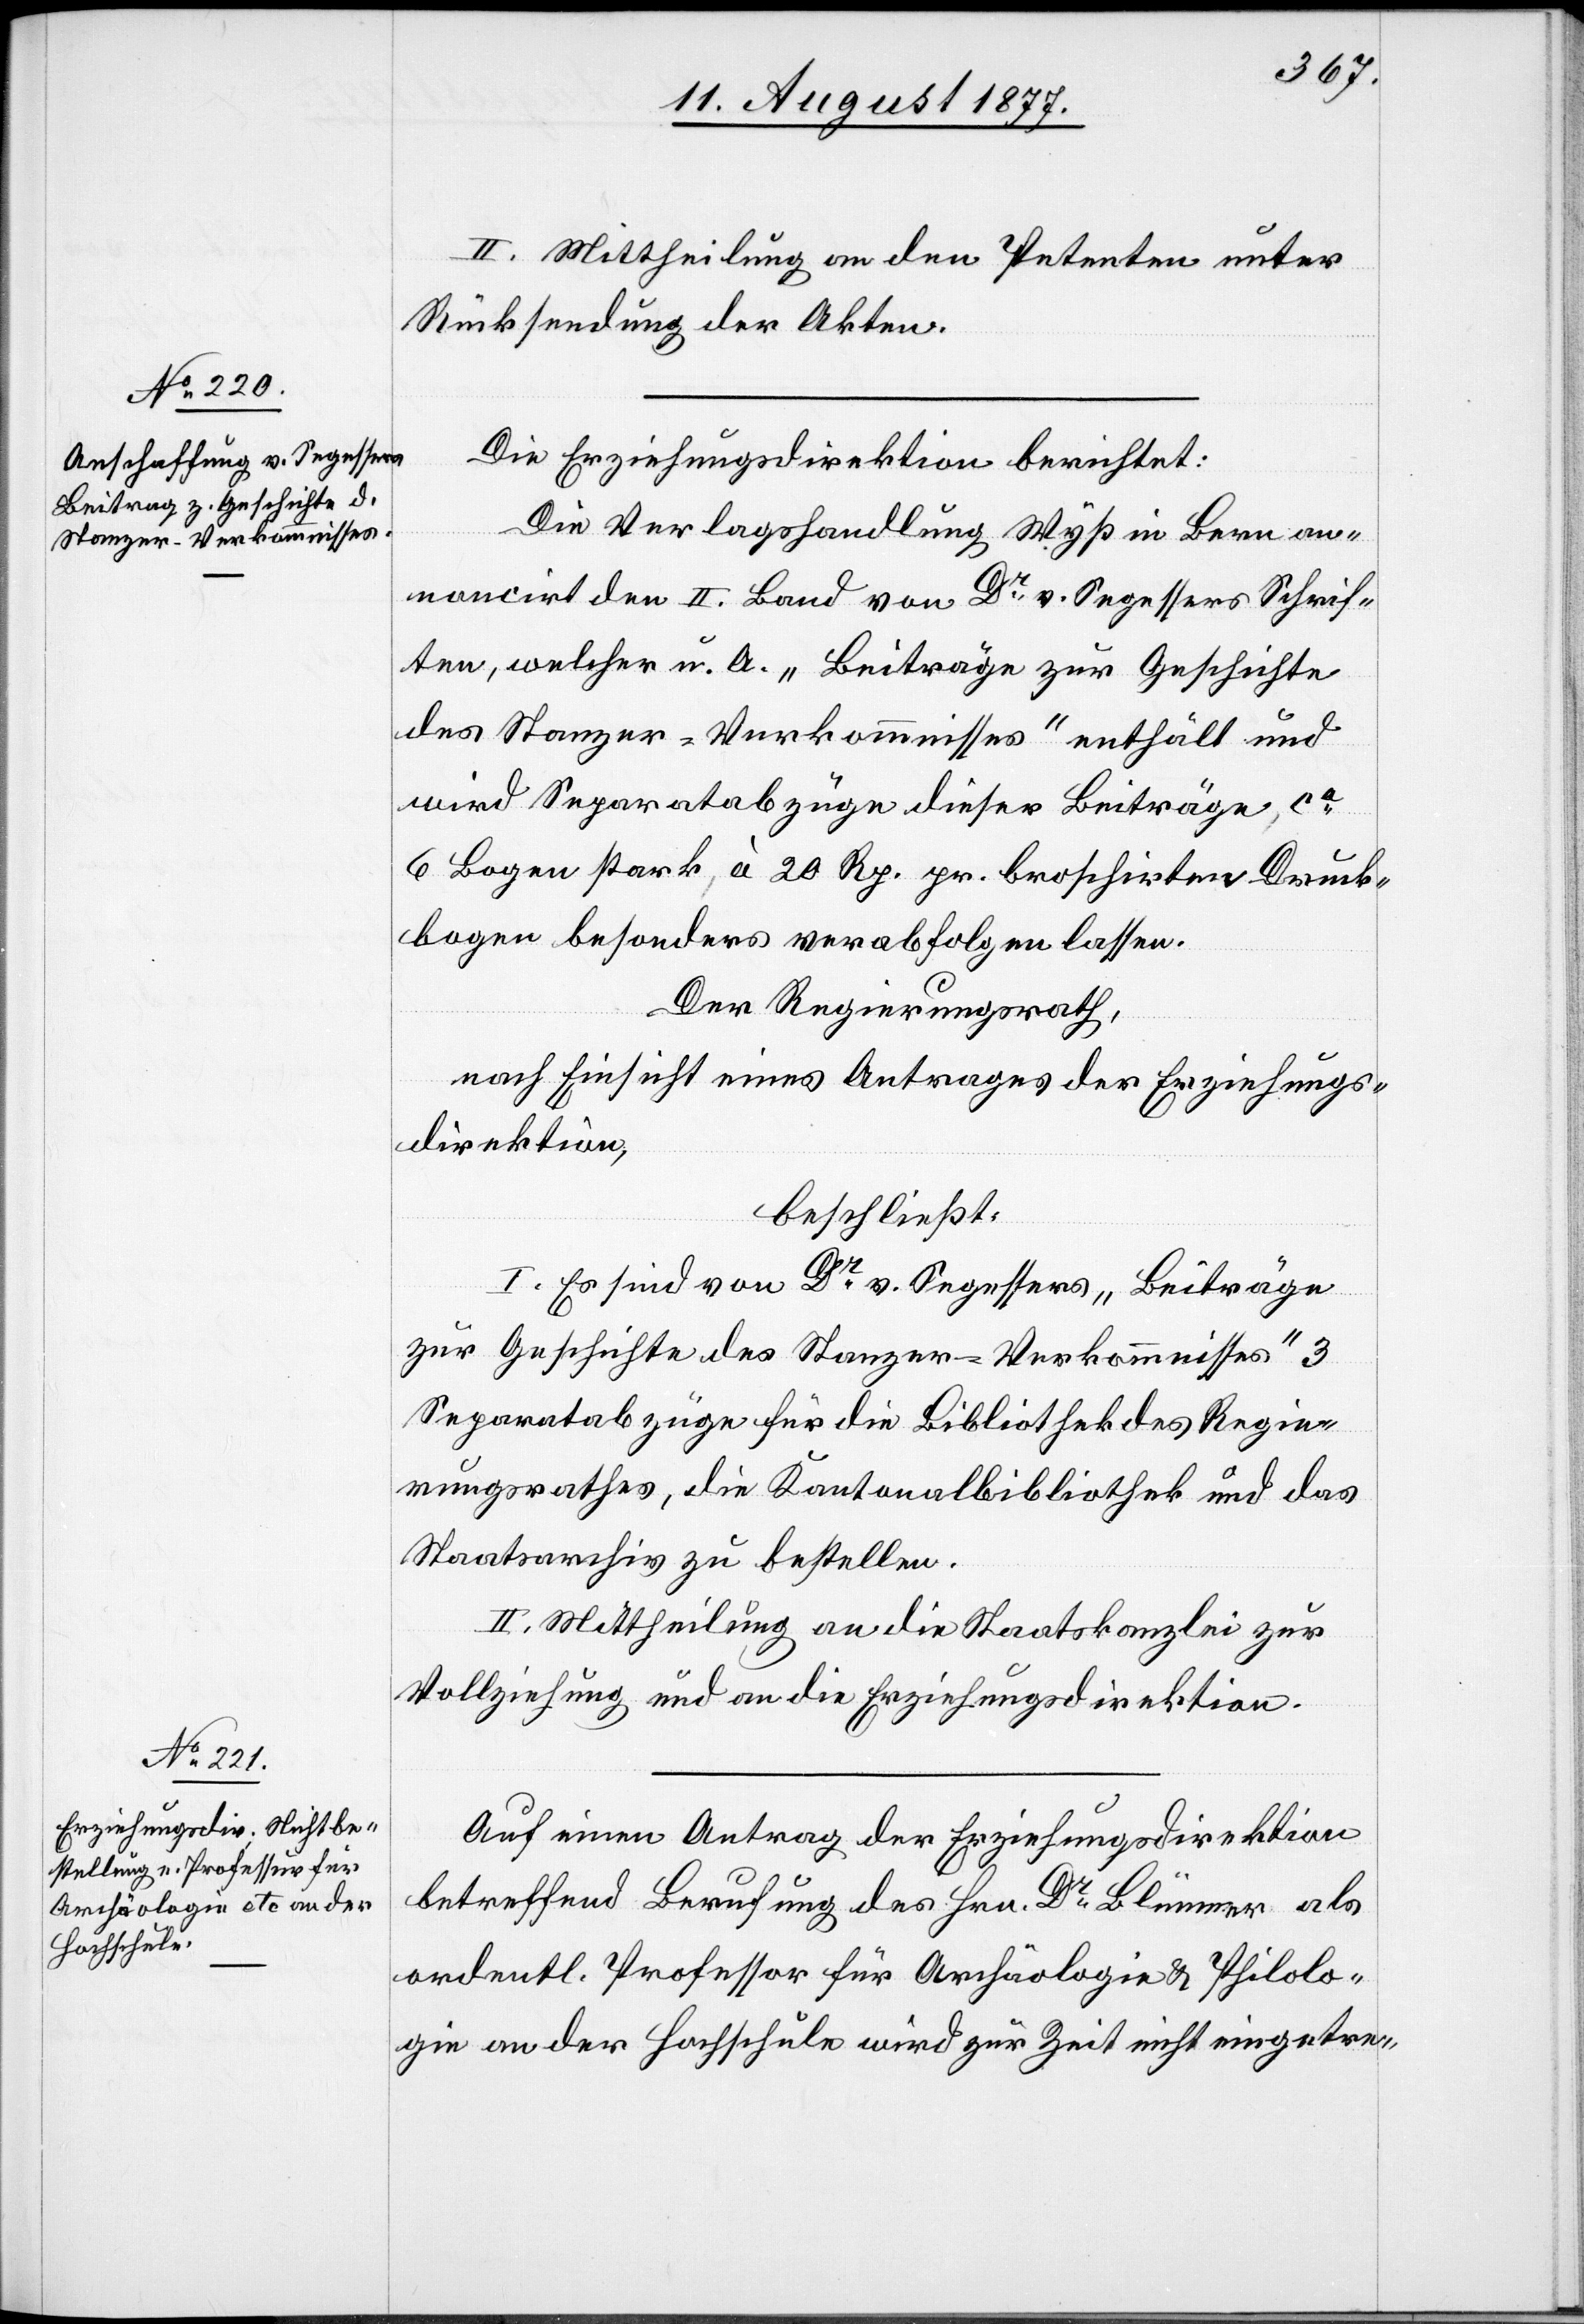
II. Mittheilung an den Petenten unter
Rücksendung der Akten.
Die Erziehungsdirektion berichtet:
Die Verlagshandlung Wyß in Bern an¬
noncirt den II. Band von Dr v. Segessers Schrif¬
ten, welcher u. A. „Beiträge zur Geschichte
des Stanzer-Verkommnisses“ enthält und
wird Separatabzüge dieser Beiträge ca
6 Bogen stark à 20 Rp. pr. broschirten Druck¬
bogen besonders verabfolgen lassen.
Der Regierungsrath,
nach Einsicht eines Antrages der Erziehungs¬
direktion,
beschließt:
I. Es sind von Dr v. Segessers „Beiträge
zur Geschichte des Stanzer-Verkommnisses“ 3
Separatabzüge für die Bibliothek des Regie¬
rungsrathes, die Kantonalbibliothek und das
Staatsarchiv zu bestellen.
II. Mittheilung an die Staatskanzlei zur
Vollziehung und an die Erziehungsdirektion.
Auf einen Antrag der Erziehungsdirektion
betreffend Berufung des Hrn. Dr Blümner als
ordentl. Professor für Archäologie & Philolo¬
gie an der Hochschule wird zur Zeit nicht eingetre-